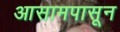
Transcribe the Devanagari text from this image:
आसामपासून